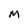
Character: M